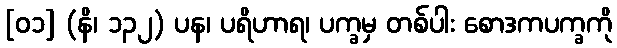
[၀၁] (နိ၊ ၁၃၂) ပန၊ ပရိဟာရ၊ ပက္ခမှ တစ်ပါး စောဒကပက္ခကို